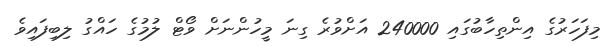
މިފަހަރުގެ އިންތިހާބުގައި 240000 އަށްވުރެ ގިނަ މީހުންނަށް ވޯޓް ލުމުގެ ހައްގު ލިބިފައިވެ